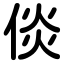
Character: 倓